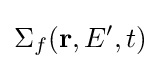
\Sigma _{f}(\mathbf {r} ,E^{\prime },t)